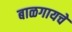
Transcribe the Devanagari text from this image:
बाळगायचे